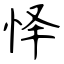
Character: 怿